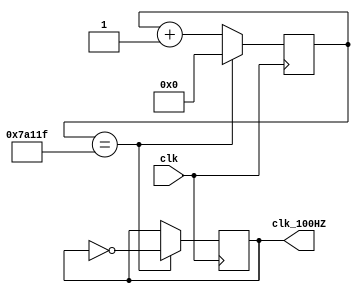
`timescale 1ns / 1ps


module clk_div_100HZ(input clk,output reg clk_100HZ);
    parameter period = 1_000_000;
    reg [31:0] cnt;
    always@(posedge clk)
    begin
        // if (reset)begin
        //     cnt     <= 0;
        //     clk_out <= 0;
        // end
        // else
            if (cnt == ((period>>1)-1))begin
                clk_100HZ <= ~clk_100HZ;
                cnt     <= 0;
            end
            else begin
                cnt <= cnt+1;
            end
    end
endmodule